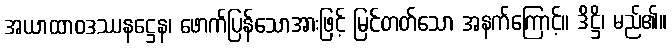
အယာထာဝဒဿနဋ္ဌေန၊ ဖောက်ပြန်သောအားဖြင့် မြင်တတ်သော အနက်ကြောင့်။ ဒိဋ္ဌိ၊ မည်၏။